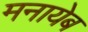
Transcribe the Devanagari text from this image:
मनायेब